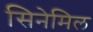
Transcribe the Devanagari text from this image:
सिनेमिल